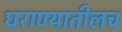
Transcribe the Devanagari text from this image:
घराण्यातीलच